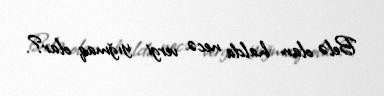
Belə olan halda necə vergi yığmaq olar?.